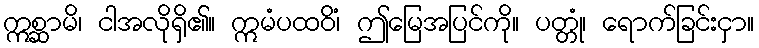
ဣစ္ဆာမိ၊ ငါအလိုရှိ၏။ ဣမံပထဝိံ၊ ဤမြေအပြင်ကို။ ပတ္တုံ၊ ရောက်ခြင်းငှာ။